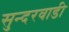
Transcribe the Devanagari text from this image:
सुन्दरवाडी